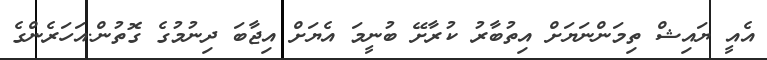
އެއީ ޔައިޝް ތިމަންނަޔަށް އިތުބާރު ކުރާށޭ ބުނީމަ އެޔަށް އިޖާބަ ދިނުމުގެ ގޮތުން.އަހަރެންގެ